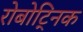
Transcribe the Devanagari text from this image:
रोबोट्निक